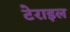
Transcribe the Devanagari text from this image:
टेराइल